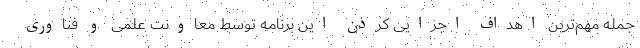
جمله مهم‌ترین اهداف اجرایی کردن این برنامه توسط معاونت علمی و فناوری